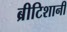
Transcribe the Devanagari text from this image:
ब्रीटिशानी